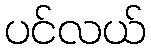
ပင်လယ်